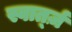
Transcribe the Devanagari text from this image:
स्वार्त्ज़